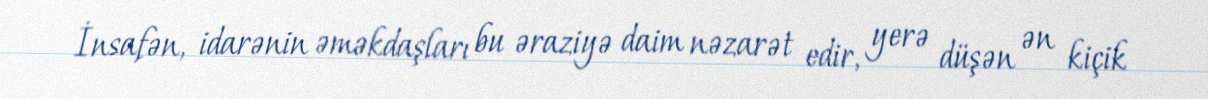
İnsafən, idarənin əməkdaşları bu əraziyə daim nəzarət edir, yerə düşən ən kiçik